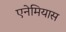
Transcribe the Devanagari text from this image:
एनेमियास